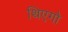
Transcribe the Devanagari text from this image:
थिएगो